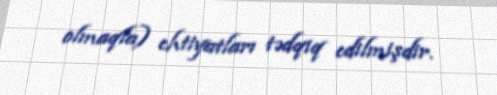
olmaqla) ehtiyatları tədqiq edilmişdir.